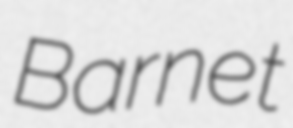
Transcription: Barnet